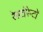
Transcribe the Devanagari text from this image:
रेस्टोरेन्टों